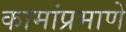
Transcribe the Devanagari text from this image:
कामांप्रमाणे